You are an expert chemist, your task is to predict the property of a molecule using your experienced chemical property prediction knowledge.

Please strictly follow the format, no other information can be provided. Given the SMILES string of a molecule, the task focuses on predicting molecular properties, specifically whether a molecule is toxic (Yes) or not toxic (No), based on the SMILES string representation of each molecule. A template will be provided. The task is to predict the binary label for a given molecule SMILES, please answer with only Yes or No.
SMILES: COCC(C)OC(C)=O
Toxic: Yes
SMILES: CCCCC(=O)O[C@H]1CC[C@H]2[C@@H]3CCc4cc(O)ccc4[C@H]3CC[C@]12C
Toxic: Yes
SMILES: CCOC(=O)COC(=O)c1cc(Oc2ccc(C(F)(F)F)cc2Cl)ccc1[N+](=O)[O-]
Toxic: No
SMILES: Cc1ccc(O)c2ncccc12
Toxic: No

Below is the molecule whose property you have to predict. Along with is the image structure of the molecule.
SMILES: Cc1cc(C2(c3cc(C)c(O)cc3C)OS(=O)(=O)c3ccccc32)c(C)cc1O
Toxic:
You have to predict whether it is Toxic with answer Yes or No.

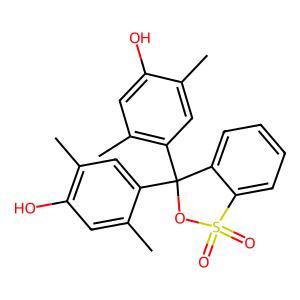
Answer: No